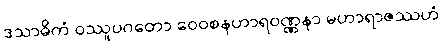
ဒသာဓိကံ ဝဿူပဂတော ဝေဝစနဟာရဝဏ္ဏနာ မဟာရာဇဿဟံ